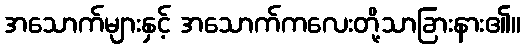
အသောက်များနှင့် အသောက်ကလေးတို့သာခြားနား၏။